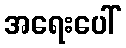
အရေးပေါ်